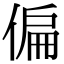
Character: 偏